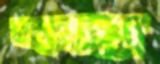
প্রণ্যের